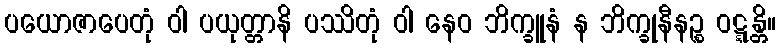
ပယောဇာပေတုံ ဝါ ပယုတ္တာနိ ပဿိတုံ ဝါ နေဝ ဘိက္ခူနံ န ဘိက္ခုနီနဉ္စ ဝဋ္ဋန္တိ။